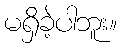
မရှိခဲ့ပါဘူး။